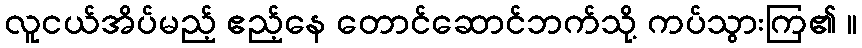
လူငယ်အိပ်မည့် ဧည့်နေ တောင်ဆောင်ဘက်သို့ ကပ်သွားကြ၏ ။